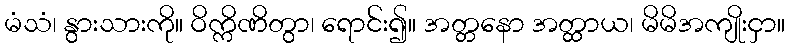
မံသံ၊ နွားသားကို။ ဝိက္ကိဏိတွာ၊ ရောင်း၍။ အတ္တနော အတ္ထာယ၊ မိမိအကျိုးငှာ။